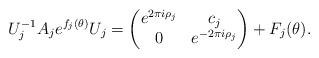
LaTeX: \begin{align*} U_j^{-1}A_je^{f_j(\theta)}U_j=\begin{pmatrix} e^{2\pi i\rho_j}&c_j\\0&e^{-2\pi i\rho_j} \end{pmatrix}+F_j(\theta). \end{align*}